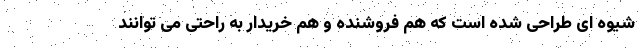
شیوه ای طراحی شده است که هم فروشنده و هم خریدار به راحتی می توانند